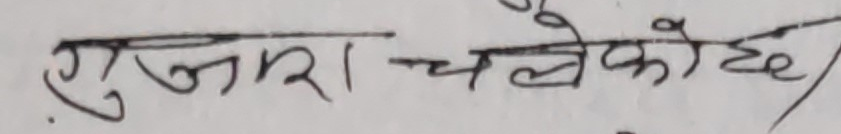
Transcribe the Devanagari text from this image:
गुजार चलेकोछ /